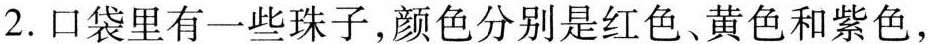
2. 口袋里有一些珠子，颜色分别是红色、黄色和紫色，